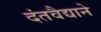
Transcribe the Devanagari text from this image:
दंतवैद्याने